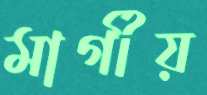
মার্গীয়